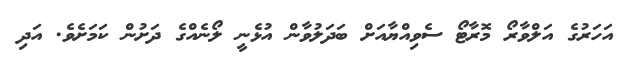
އަހަރުގެ އަލްވާރޯ މޮރާޓޯ ސެވިއްޔާއަށް ބަދަލުވާން އުޅެނީ ލޯނެއްގެ ދަށުން ކަމަށެވެ. އަދި